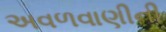
અવળવાણીની